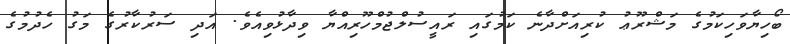
ބޯހިޔާވަހިކަމުގެ މަޝްރޫޢު ކުރިއަށްދާނެ ކަމުގައި ރައީސުލްޖުމްހޫރިއްޔާ ވިދާޅުވިއެވެ. އަދި ސަރުކާރުގެ މަގު ހެދުމުގެ